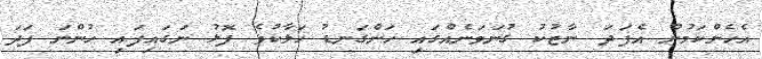
އެހެންކަމުން އެފަދަ ނާޒުކު ގުނަވަނެއްގައި ހަންގަނޑު ހަލާކުވެ ފޮޅު ނަގައިފައި ހުންނަ ފަދަ